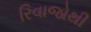
રિવાજોથી